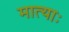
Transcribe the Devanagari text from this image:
मात्याः